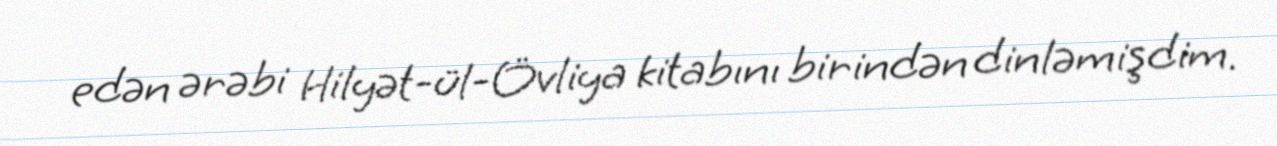
edən ərəbi Hilyət-ül-Övliya kitabını birindən dinləmişdim.